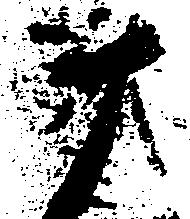
十